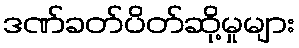
ဒဏ်ခတ်ပိတ်ဆို့မှုများ